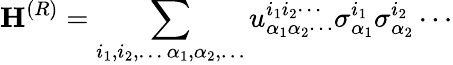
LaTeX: \mathbf{H}^{(R)}=\sum_{\substack{i_{1},i_{2},\ldots\, \alpha_{1},\alpha_{2},\ldots}}u_{\alpha_{1}\alpha_{2}\cdots}^{i_{1}i_{2}\cdots}\sigma_{\alpha_{1}}^{i_{1}}\sigma_{\alpha_{2}}^{i_{2}}\cdots